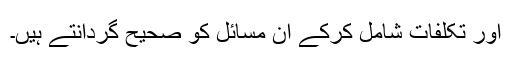
اور تکلفات شامل کرکے ان مسائل کو صحیح گردانتے ہیں۔